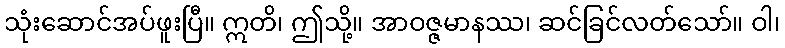
သုံးဆောင်အပ်ဖူးပြီ။ ဣတိ၊ ဤသို့။ အာဝဇ္ဇမာနဿ၊ ဆင်ခြင်လတ်သော်။ ဝါ၊